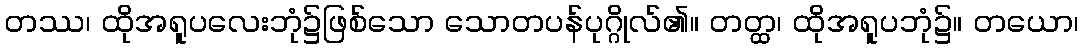
တဿ၊ ထိုအရူပလေးဘုံ၌ဖြစ်သော သောတပန်ပုဂ္ဂိုလ်၏။ တတ္ထ၊ ထိုအရူပဘုံ၌။ တယော၊